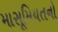
માસૂમિયતનો